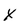
Character: X